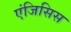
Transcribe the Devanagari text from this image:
एंजिसिस